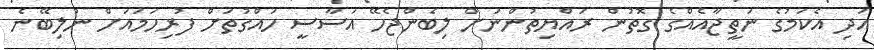
އަދި އެކަމުގެ ނަތީޖާއެއްގެ ގޮތުން ރައްޔިތުންނަށް ލިބެންޖެހޭ އަސާސީ ހައްގުތަށް ފުރިހަމައަށް ނުލިބޭނެ